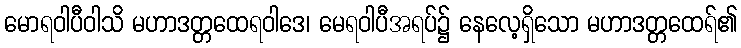
မောရဝါပီဝါသိ မဟာဒတ္တထေရဝါဒေ၊ မေရဝါပီအရပ်၌ နေလေ့ရှိသော မဟာဒတ္တထေရ်၏